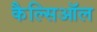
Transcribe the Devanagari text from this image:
कैल्सिऑल